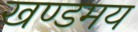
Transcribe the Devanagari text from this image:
खण्डमय